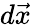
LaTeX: d\vec{x}